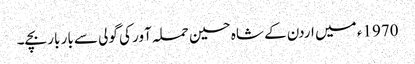
1970ء میں اردن کے شاہ حسین حملہ آور کی گولی سے بار بار بچے۔